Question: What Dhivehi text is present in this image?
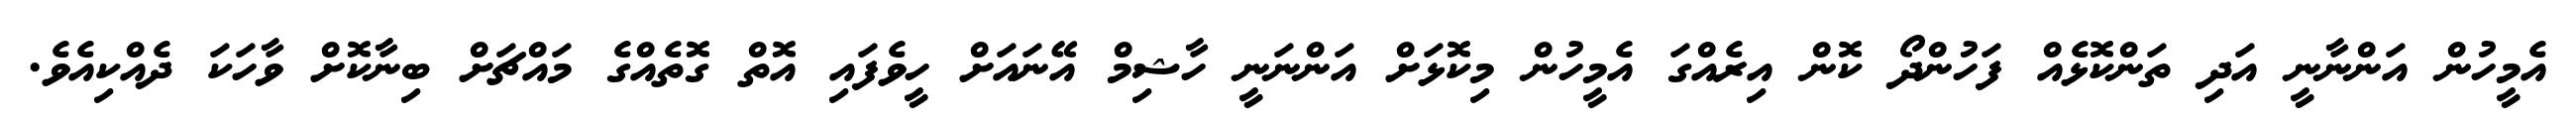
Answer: އެމީހުން އަންނާނީ އަދި ތަންކޮޅެއް ފަހުންދޯ ކޮން އިރެއްގަ އެމީހުން މިކޮޅަށް އަންނަނީ ހާޝިމް އޭނައަށް ހީވެފައި އޮތް ގޮތެއްގެ މައްޗަށް ބިނާކޮށް ވާހަކަ ދެއްކިއެވެ.